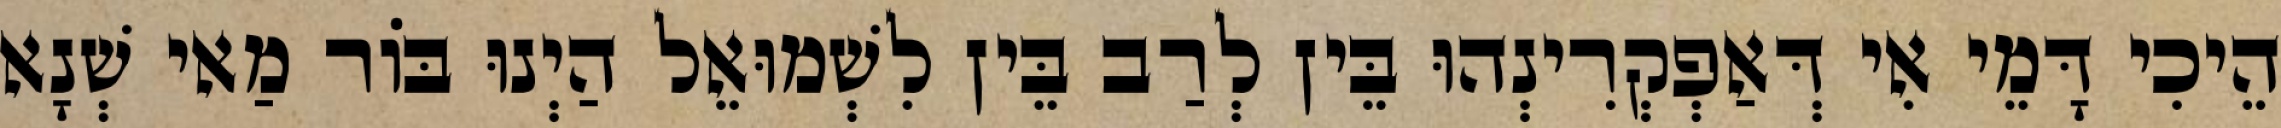
הֵיכִי דָּמֵי אִי דְּאַפְקְרִינְהוּ בֵּין לְרַב בֵּין לִשְׁמוּאֵל הַיְנוּ בּוֹר מַאי שְׁנָא